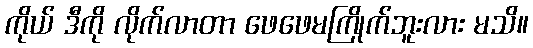
ကိုယ် ဒီကို လိုက်လာတာ ဖေဖေမကြိုက်ဘူးလား မသိ။